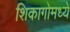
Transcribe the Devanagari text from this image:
शिकागोमध्ये